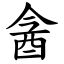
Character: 酓